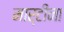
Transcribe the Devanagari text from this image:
मार्टीना